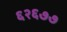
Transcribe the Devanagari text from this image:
६२६७७